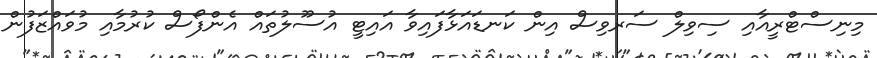
މިނިސްޓްރީއާއި ސިވިލް ސަރވިސް އިން ކަނޑައަޅާފައިވާ އައިޓީ އުސޫލުތައް އެންފޯސް ކުރުމާއި މުވައްޒަފުން